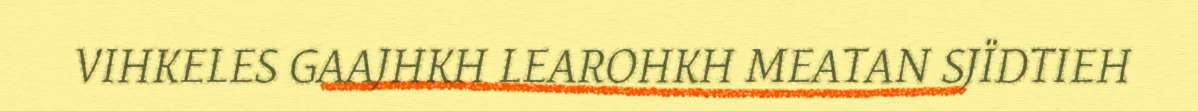
VIHKELES GAAJHKH LEAROHKH MEATAN SJÏDTIEH